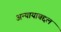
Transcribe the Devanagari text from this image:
अन्यायाबद्दल